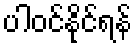
ပါဝင်နိုင်ရန်